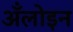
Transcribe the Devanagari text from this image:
अँलोइन